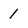
Character: 1